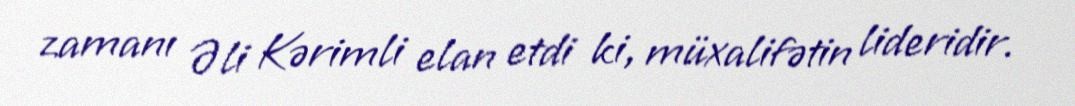
zamanı Əli Kərimli elan etdi ki, müxalifətin lideridir.